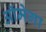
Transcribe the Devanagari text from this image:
ऑमेगा